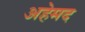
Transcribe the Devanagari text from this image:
अहेमद